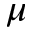
\mu